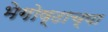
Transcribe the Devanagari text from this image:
भेगोष्ठाच्या